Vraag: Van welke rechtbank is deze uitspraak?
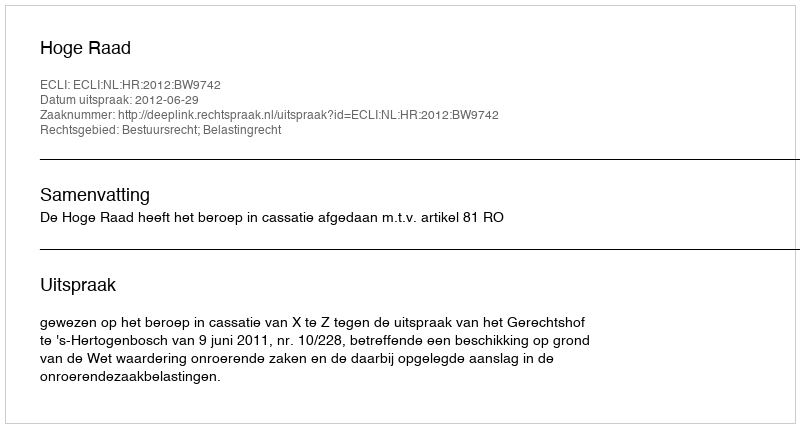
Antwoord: Hoge Raad